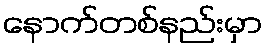
နောက်တစ်နည်းမှာ